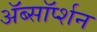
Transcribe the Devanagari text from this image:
ॲब्सॉर्प्शन